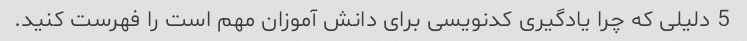
5 دلیلی که چرا یادگیری کدنویسی برای دانش آموزان مهم است را فهرست کنید.